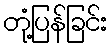
တုံ့ပြန်ခြင်း